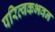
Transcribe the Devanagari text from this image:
परित्वकभवन